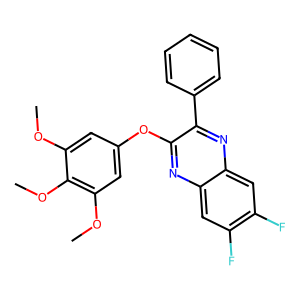
SMILES: COc1cc(Oc2nc3cc(F)c(F)cc3nc2-c2ccccc2)cc(OC)c1OC
Inhibits HIV replication: No